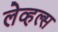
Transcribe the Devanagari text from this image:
लेव्हल्स